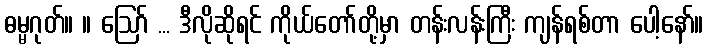
ဓမ္မဂုတ်။ ။ ဪ ... ဒီလိုဆိုရင် ကိုယ်တော်တို့မှာ တန်းလန်းကြီး ကျန်ရစ်တာ ပေါ့နော်။